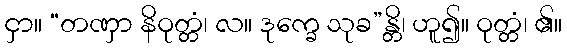
ငှာ။ “တဏှာ နိဝုတ္တံ၊ လ။ ဒုက္ခေ သုခ”န္တိ၊ ဟူ၍။ ဝုတ္တံ၊ ၏။